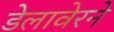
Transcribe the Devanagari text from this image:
डेलावेरने